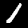
Digit: 1